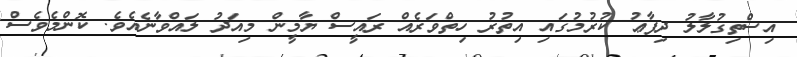
އިސްތިގުލާލު ދިފާޢު ކުރުމުގައި އިތުރު ހިތްވަރެއް ރައީސް ޔާމީން މިއަދު ލައްވާނެއެވެ. ކޮންމެވެސް